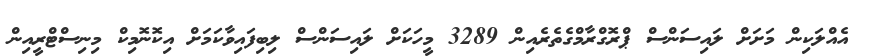
އެއްލަކިން މަށަށް ލައިސަންސް ޕްރޮގްރާމްގެތެރެއިން 3289 މީހަކަށް ލައިސަންސް ލިބިފައިވާކަމަށް އިކޮނޮމިކް މިނިސްޓްރީއިން